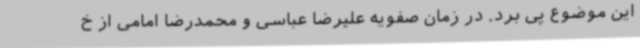
این موضوع پی برد. در زمان صفویه علیرضا عباسی و محمدرضا امامی از خ